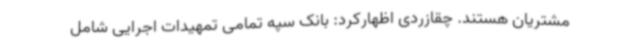
مشتریان هستند. چقازردی اظهارکرد: بانک سپه تمامی تمهیدات اجرایی شامل